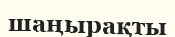
шаңырақты